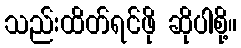
သည်းထိတ်ရင်ဖို ဆိုပါစို့။